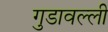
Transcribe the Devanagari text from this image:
गुडावल्ली